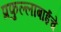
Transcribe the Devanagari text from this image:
प्रफुल्लाबाईंचे